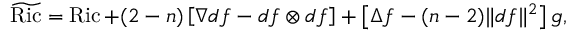
{ \widetilde { \operatorname { R i c } } } = \operatorname { R i c } + ( 2 - n ) \left[ \nabla d f - d f \otimes d f \right] + \left[ \Delta f - ( n - 2 ) \| d f \| ^ { 2 } \right] g ,